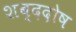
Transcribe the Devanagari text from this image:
शब्ददोष